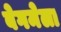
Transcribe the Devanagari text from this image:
बेगमेला